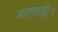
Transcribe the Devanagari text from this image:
मारवाड़ी।